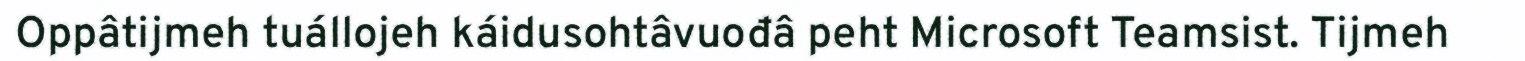
Oppâtijmeh tuállojeh káidusohtâvuođâ peht Microsoft Teamsist. Tijmeh